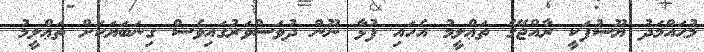
މުޙައްމަދު ޔޫސުފަކީ ރާއްޖޭގެ ތަޢްލީމު އެހައި ފުޅާ ނޫން ދުވަސްވަރުގައިވެސް ގިނަބަޔަކަށް ތަޢްލީމު